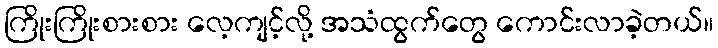
ကြိုးကြိုးစားစား လေ့ကျင့်လို့ အသံထွက်တွေ ကောင်းလာခဲ့တယ်။